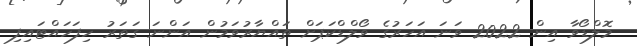
މޮލްޑޯވާ އިން 2022 ވަނަ އަހަރުގެ ވޯލްޑްކަޕަށް ތައްޔާރުވަމުން އަންނަ ގަތަރު ހިފަހައްޓައިފި